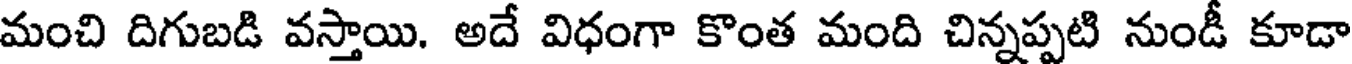
మంచి దిగుబడి వస్తాయి. అదే విధంగా కొంత మంది చిన్నప్పటి నుండీ కూడా